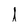
Character: I